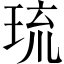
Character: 琉